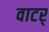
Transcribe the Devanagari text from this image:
वाटर्